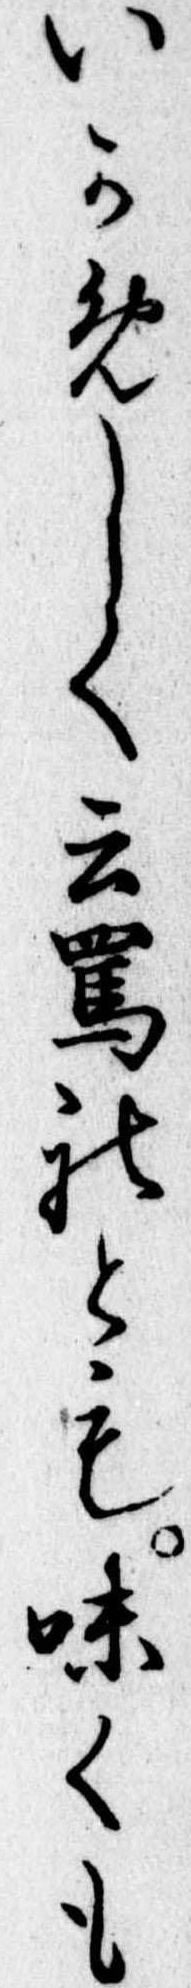
いかめしく云罵れとも味くも